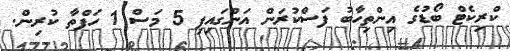
ކްރިކެޓް ބޯޑުގެ އިންތިހާބު ފަސްކުރަން އަންގައިފި 5 މަސް 1 ހަފްތާ ކުރިން.